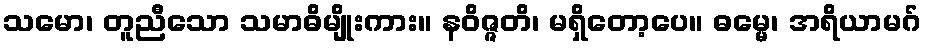
သမော၊ တူညီသော သမာဓိမျိုးကား။ နဝိဇ္ဇတိ၊ မရှိတော့ပေ။ ဓမ္မေ၊ အရိယာမဂ်